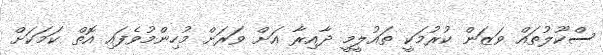
ސްކޫލުތައް ވަޒަން ކުރުމަކީ ތައުލީމީ ދާއިރާ އަށް ވަރަށް މުހިންމުވެފައި އޮތް ކަމަކަށް